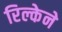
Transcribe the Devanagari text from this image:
रिल्केने